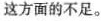
这方面的不足。